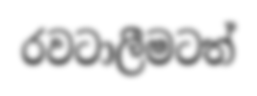
රවටාලීමටත්